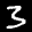
Label: 3